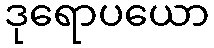
ဒုရောပယော